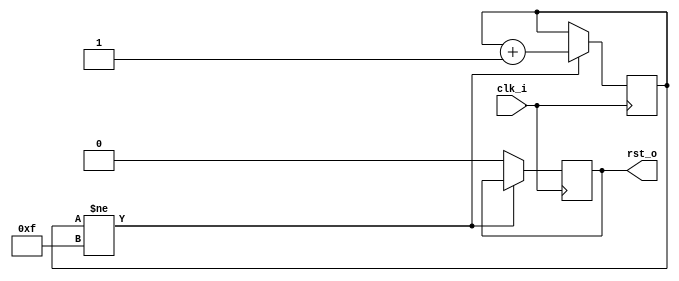
//-----------------------------------------------------------------
// Copyright (c) 2021, admin@ultra-embedded.com
// All rights reserved.
// 
// Redistribution and use in source and binary forms, with or without
// modification, are permitted provided that the following conditions 
// are met:
//   - Redistributions of source code must retain the above copyright
//     notice, this list of conditions and the following disclaimer.
//   - Redistributions in binary form must reproduce the above copyright
//     notice, this list of conditions and the following disclaimer 
//     in the documentation and/or other materials provided with the 
//     distribution.
//   - Neither the name of the author nor the names of its contributors 
//     may be used to endorse or promote products derived from this 
//     software without specific prior written permission.
// 
// THIS SOFTWARE IS PROVIDED BY THE COPYRIGHT HOLDERS AND CONTRIBUTORS 
// "AS IS" AND ANY EXPRESS OR IMPLIED WARRANTIES, INCLUDING, BUT NOT 
// LIMITED TO, THE IMPLIED WARRANTIES OF MERCHANTABILITY AND FITNESS FOR 
// A PARTICULAR PURPOSE ARE DISCLAIMED. IN NO EVENT SHALL THE AUTHOR BE 
// LIABLE FOR ANY DIRECT, INDIRECT, INCIDENTAL, SPECIAL, EXEMPLARY, OR 
// CONSEQUENTIAL DAMAGES (INCLUDING, BUT NOT LIMITED TO, PROCUREMENT OF 
// SUBSTITUTE GOODS OR SERVICES; LOSS OF USE, DATA, OR PROFITS; OR 
// BUSINESS INTERRUPTION) HOWEVER CAUSED AND ON ANY THEORY OF 
// LIABILITY, WHETHER IN CONTRACT, STRICT LIABILITY, OR TORT
// (INCLUDING NEGLIGENCE OR OTHERWISE) ARISING IN ANY WAY OUT OF 
// THE USE OF THIS SOFTWARE, EVEN IF ADVISED OF THE POSSIBILITY OF 
// SUCH DAMAGE.
//-----------------------------------------------------------------
module reset_gen
(
    input  clk_i,
    output rst_o
);

reg [3:0] count_q = 4'b0;
reg       rst_q   = 1'b1;

always @(posedge clk_i) 
if (count_q != 4'hF)
    count_q <= count_q + 4'd1;
else
    rst_q <= 1'b0;

assign rst_o = rst_q;

endmodule